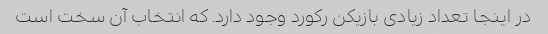
در اینجا تعداد زیادی بازیکن رکورد وجود دارد. که انتخاب آن سخت است